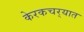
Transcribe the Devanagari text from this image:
केरकचर्‍यात